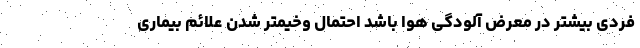
فردی بیشتر در معرض آلودگی هوا باشد احتمال وخیمتر شدن علائم بیماری